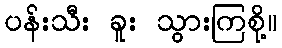
ပန်းသီး ခူး သွားကြစို့။